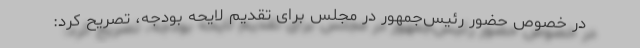
در خصوص حضور رئیس‌جمهور در مجلس برای تقدیم لایحه بودجه، تصریح کرد: